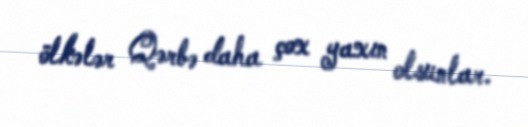
ölkələr Qərbə daha çox yaxın olsunlar.